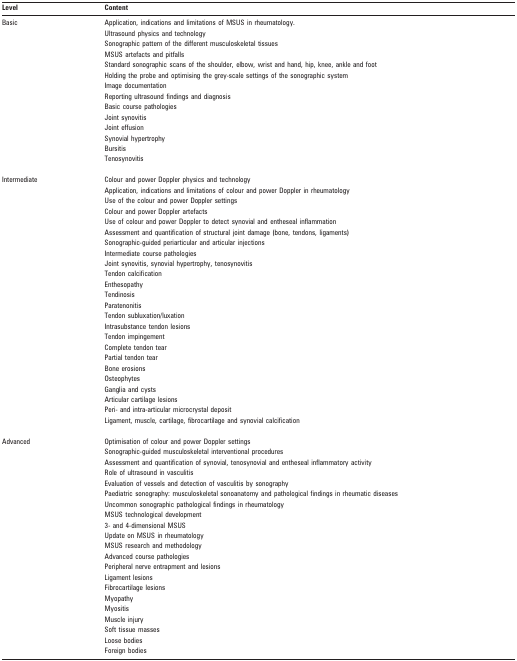
<table><thead><tr><td><b>Level</b></td><td><b>Content</b></td></tr></thead><tbody><tr><td>Basic</td><td>Application, indications and limitations of MSUS in rheumatology.</td></tr><tr><td></td><td>Ultrasound physics and technology</td></tr><tr><td></td><td>Sonographic pattern of the different musculoskeletal tissues</td></tr><tr><td></td><td>MSUS artefacts and pitfalls</td></tr><tr><td></td><td>Standard sonographic scans of the shoulder, elbow, wrist and hand, hip, knee, ankle and foot</td></tr><tr><td></td><td>Holding the probe and optimising the grey-scale settings of the sonographic system</td></tr><tr><td></td><td>Image documentation</td></tr><tr><td></td><td>Reporting ultrasound findings and diagnosis</td></tr><tr><td></td><td>Basic course pathologies</td></tr><tr><td></td><td>Joint synovitis</td></tr><tr><td></td><td>Joint effusion</td></tr><tr><td></td><td>Synovial hypertrophy</td></tr><tr><td></td><td>Bursitis</td></tr><tr><td></td><td>Tenosynovitis</td></tr><tr><td>Intermediate</td><td>Colour and power Doppler physics and technology</td></tr><tr><td></td><td>Application, indications and limitations of colour and power Doppler in rheumatology</td></tr><tr><td></td><td>Use of the colour and power Doppler settings</td></tr><tr><td></td><td>Colour and power Doppler artefacts</td></tr><tr><td></td><td>Use of colour and power Doppler to detect synovial and entheseal inflammation</td></tr><tr><td></td><td>Assessment and quantification of structural joint damage (bone, tendons, ligaments)</td></tr><tr><td></td><td>Sonographic-guided periarticular and articular injections</td></tr><tr><td></td><td>Intermediate course pathologies</td></tr><tr><td></td><td>Joint synovitis, synovial hypertrophy, tenosynovitis</td></tr><tr><td></td><td>Tendon calcification</td></tr><tr><td></td><td>Enthesopathy</td></tr><tr><td></td><td>Tendinosis</td></tr><tr><td></td><td>Paratenonitis</td></tr><tr><td></td><td>Tendon subluxation/luxation</td></tr><tr><td></td><td>Intrasubstance tendon lesions</td></tr><tr><td></td><td>Tendon impingement</td></tr><tr><td></td><td>Complete tendon tear</td></tr><tr><td></td><td>Partial tendon tear</td></tr><tr><td></td><td>Bone erosions</td></tr><tr><td></td><td>Osteophytes</td></tr><tr><td></td><td>Ganglia and cysts</td></tr><tr><td></td><td>Articular cartilage lesions</td></tr><tr><td></td><td>Peri- and intra-articular microcrystal deposit</td></tr><tr><td></td><td>Ligament, muscle, cartilage, fibrocartilage and synovial calcification</td></tr><tr><td>Advanced</td><td>Optimisation of colour and power Doppler settings</td></tr><tr><td></td><td>Sonographic-guided musculoskeletal interventional procedures</td></tr><tr><td></td><td>Assessment and quantification of synovial, tenosynovial and entheseal inflammatory activity</td></tr><tr><td></td><td>Role of ultrasound in vasculitis</td></tr><tr><td></td><td>Evaluation of vessels and detection of vasculitis by sonography</td></tr><tr><td></td><td>Paediatric sonography: musculoskeletal sonoanatomy and pathological findings in rheumatic diseases</td></tr><tr><td></td><td>Uncommon sonographic pathological findings in rheumatology</td></tr><tr><td></td><td>MSUS technological development</td></tr><tr><td></td><td>3- and 4-dimensional MSUS</td></tr><tr><td></td><td>Update on MSUS in rheumatology</td></tr><tr><td></td><td>MSUS research and methodology</td></tr><tr><td></td><td>Advanced course pathologies</td></tr><tr><td></td><td>Peripheral nerve entrapment and lesions</td></tr><tr><td></td><td>Ligament lesions</td></tr><tr><td></td><td>Fibrocartilage lesions</td></tr><tr><td></td><td>Myopathy</td></tr><tr><td></td><td>Myositis</td></tr><tr><td></td><td>Muscle injury</td></tr><tr><td></td><td>Soft tissue masses</td></tr><tr><td></td><td>Loose bodies</td></tr><tr><td></td><td>Foreign bodies</td></tr></tbody></table>